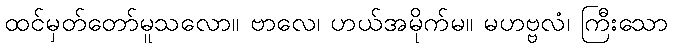
ထင်မှတ်တော်မူသလော။ ဗာလေ၊ ဟယ်အမိုက်မ။ မဟဗ္ဗလံ၊ ကြီးသော